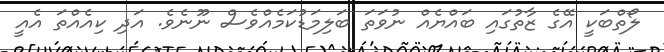
ލޯތްބަކީ އޭގެ ޒާތުގައި ބައްޔެއް ނުވަތަ ބަލިމަޑުކަމެއްވެސް ނޫނެވެ. އަދި ކިއެއްތަ އެއީ